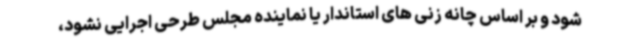
شود و بر اساس چانه زنی های استاندار یا نماینده مجلس طرحی اجرایی نشود،